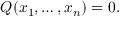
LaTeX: Q ( x _ { 1 } , \ldots , x _ { n } ) = 0 .